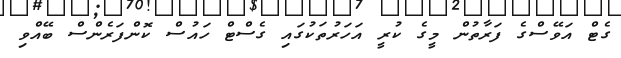
ގެޓް އަވޭސްގެ ފަރާތުން މީގެ ކުރީ އަހަރުތަކުގައި ގެސްޓް ހައުސް ކޮންފަރެންސް ބޭއްވި